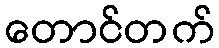
တောင်တက်